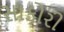
સાકોરી